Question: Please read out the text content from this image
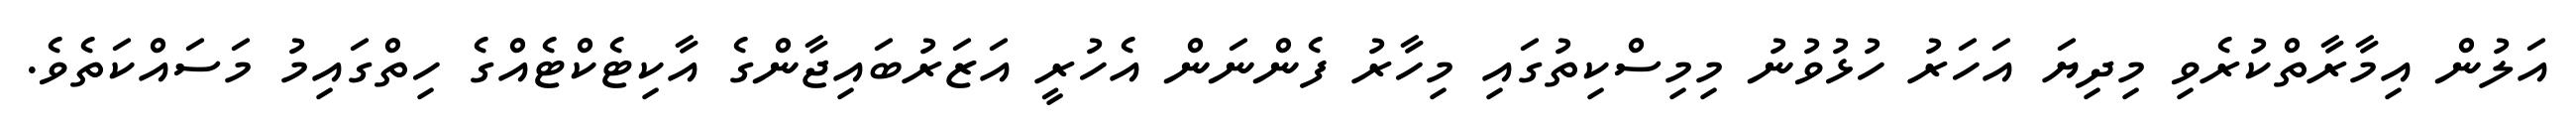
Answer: އަލުން އިމާރާތްކުރެވި މިދިޔަ އަހަރު ހުޅުވުނު މިމިސްކިތުގައި މިހާރު ފެންނަން އެހުރީ އަޒަރުބައިޖާންގެ އާކިޓެކްޓެއްގެ ހިތްގައިމު މަސައްކަތެވެ.